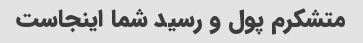
متشکرم پول و رسید شما اینجاست